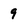
Character: 9